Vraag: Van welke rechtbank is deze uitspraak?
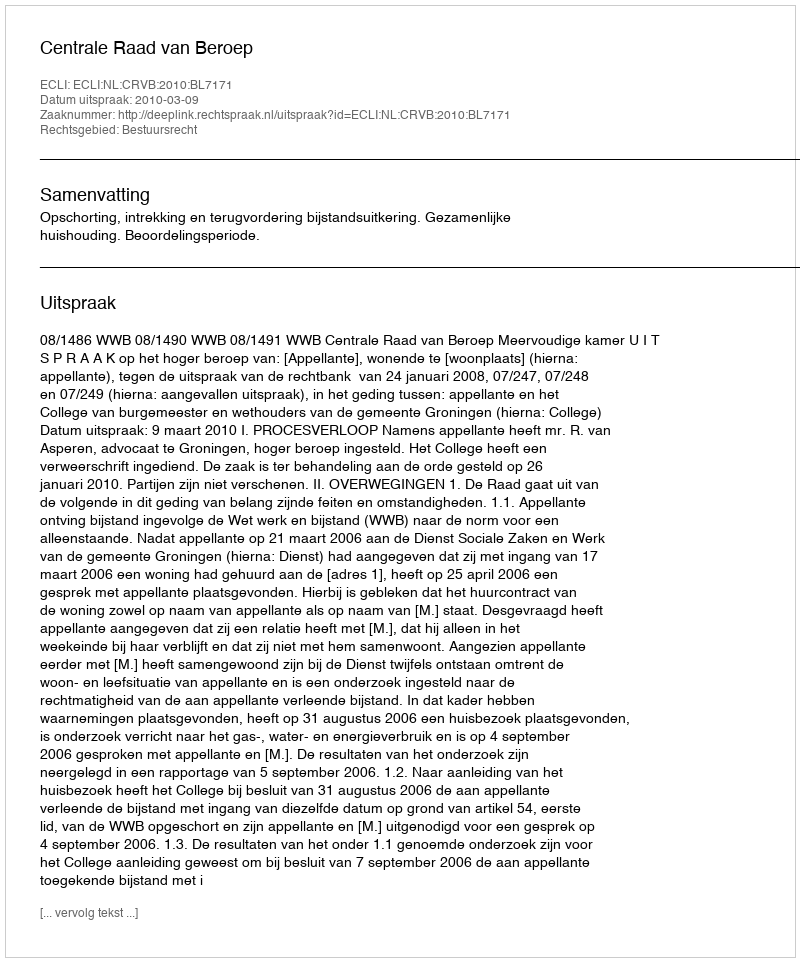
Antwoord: Centrale Raad van Beroep